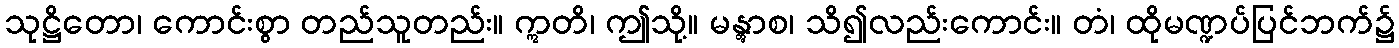
သုဋ္ဌိတော၊ ကောင်းစွာ တည်သူတည်း။ ဣတိ၊ ဤသို့။ မန္တွာစ၊ သိ၍လည်းကောင်း။ တံ၊ ထိုမဏ္ဍပ်ပြင်ဘက်၌